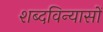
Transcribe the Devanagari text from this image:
शब्दविन्यासों